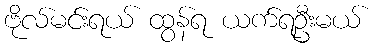
ဗိုလ်မင်းရယ် ထွန်ရ ယက်ရဦးမယ်